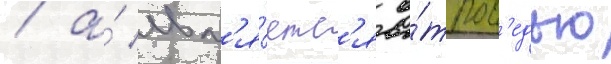
/ а́ явл'я́етс'я о́тпов'едью